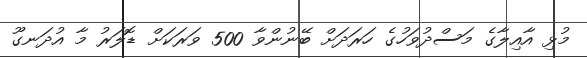
މުޅި އާއިލާގެ މަސްދުވަހުގެ ހަރަދަށް ބޭނުންވާ 500 ވަރަކަށް ޑޮލަރު މާ އުދަނގޫ